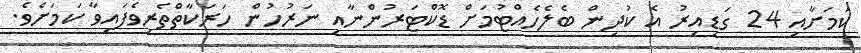
ކަމަށާއި 24 ގަޑިއިރު އެ ކުދިން ބެލެހެއްޓުމަށް ޑޮކްޓަރުންނާއި ނަރުހުން ހަރަކާތްތެރިވެފައިވާ ކަމަށެވެ.